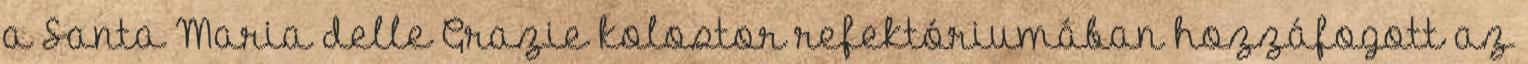
a Santa Maria delle Grazie kolostor refektóriumában hozzáfo­gott az